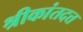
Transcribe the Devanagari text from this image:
श्रीकांतदत्त